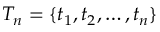
T _ { n } = \{ t _ { 1 } , t _ { 2 } , \ldots , t _ { n } \}